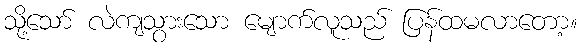
သို့သော် လဲကျသွားသော မျောက်လူသည် ပြန်ထမလာတော့။